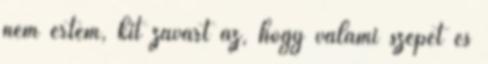
nem értem, kit zavart az, hogy valami szépet és